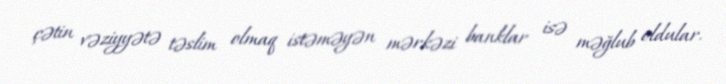
çətin vəziyyətə təslim olmaq istəməyən mərkəzi banklar isə məğlub oldular.